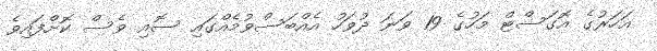
އަހަރުގެ އޮގަސްޓް މަހުގެ 19 ވަނަ ދުވަހު އެއްބަސްވުމެއްގައި ސޮއި ވެސް ކޮށްފައިވެ